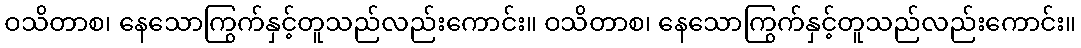
ဝသိတာစ၊ နေသောကြွက်နှင့်တူသည်လည်းကောင်း။ ဝသိတာစ၊ နေသောကြွက်နှင့်တူသည်လည်းကောင်း။